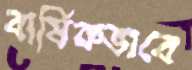
বার্ষিকভাবে